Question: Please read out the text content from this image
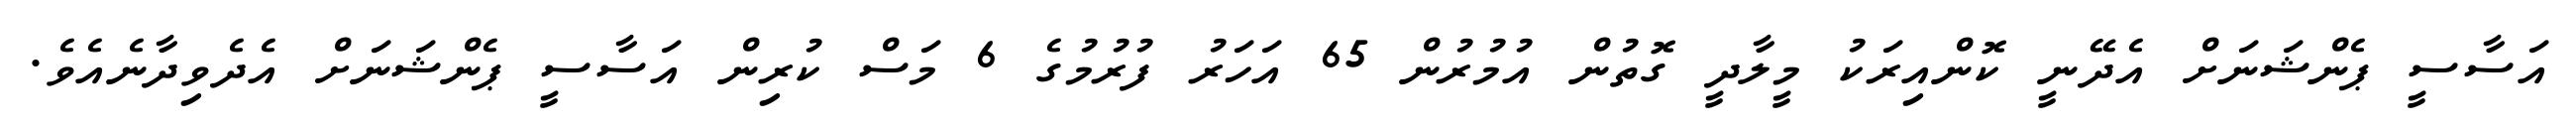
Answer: އަސާސީ ޕެންޝަނަށް އެދޭނީ ކޮންއިރަކު މީލާދީ ގޮތުން އުމުރުން 65 އަހަރު ފުރުމުގެ 6 މަސް ކުރިން އަސާސީ ޕެންޝަނަށް އެދެވިދާނެއެވެ.